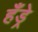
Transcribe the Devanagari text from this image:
हँड्रे